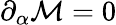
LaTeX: \partial_{\alpha}{\cal M}=0